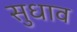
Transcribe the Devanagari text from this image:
सुधाव